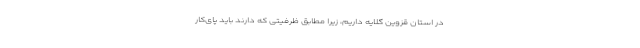
در استان قزوین گلایه داریم، زیرا مطابق ظرفیتی که دارند باید پای‌کار